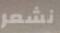
نشعر